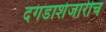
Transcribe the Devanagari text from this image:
दगडाशेजारीच